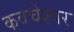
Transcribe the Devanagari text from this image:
कवचेश्वर